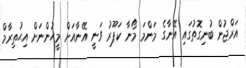
އަރްޖުން ބުނިގޮތުގައި އޭނާގެ މަންމަ މޯނާ ކަޕޫރު ވަނީ އޭނާއަށް މީހުންނަށް އިޙުތިރާމް